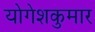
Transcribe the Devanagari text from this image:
योगेशकुमार